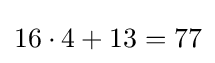
16\cdot 4+13=77